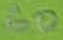
Text: 60